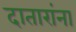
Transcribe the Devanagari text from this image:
दातारांना